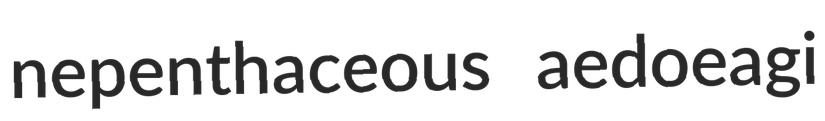
nepenthaceous aedoeagi